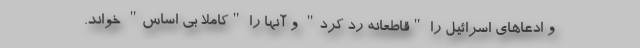
و ادعاهای اسرائیل را "قاطعانه رد کرد" و آنها را "کاملا بی اساس" خواند.